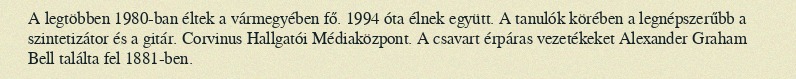
A legtöbben 1980-ban éltek a vármegyében fő. 1994 óta élnek együtt. A tanulók körében a legnépszerűbb a szintetizátor és a gitár. Corvinus Hallgatói Médiaközpont. A csavart érpáras vezetékeket Alexander Graham Bell találta fel 1881-ben.